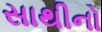
સાથીનો